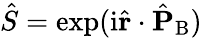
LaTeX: \hat{S}=\exp(\mathrm{i}\hat{\mathbf{r}}\cdot\hat{\mathbf{P}}_{\mathrm{B}})